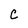
Character: C